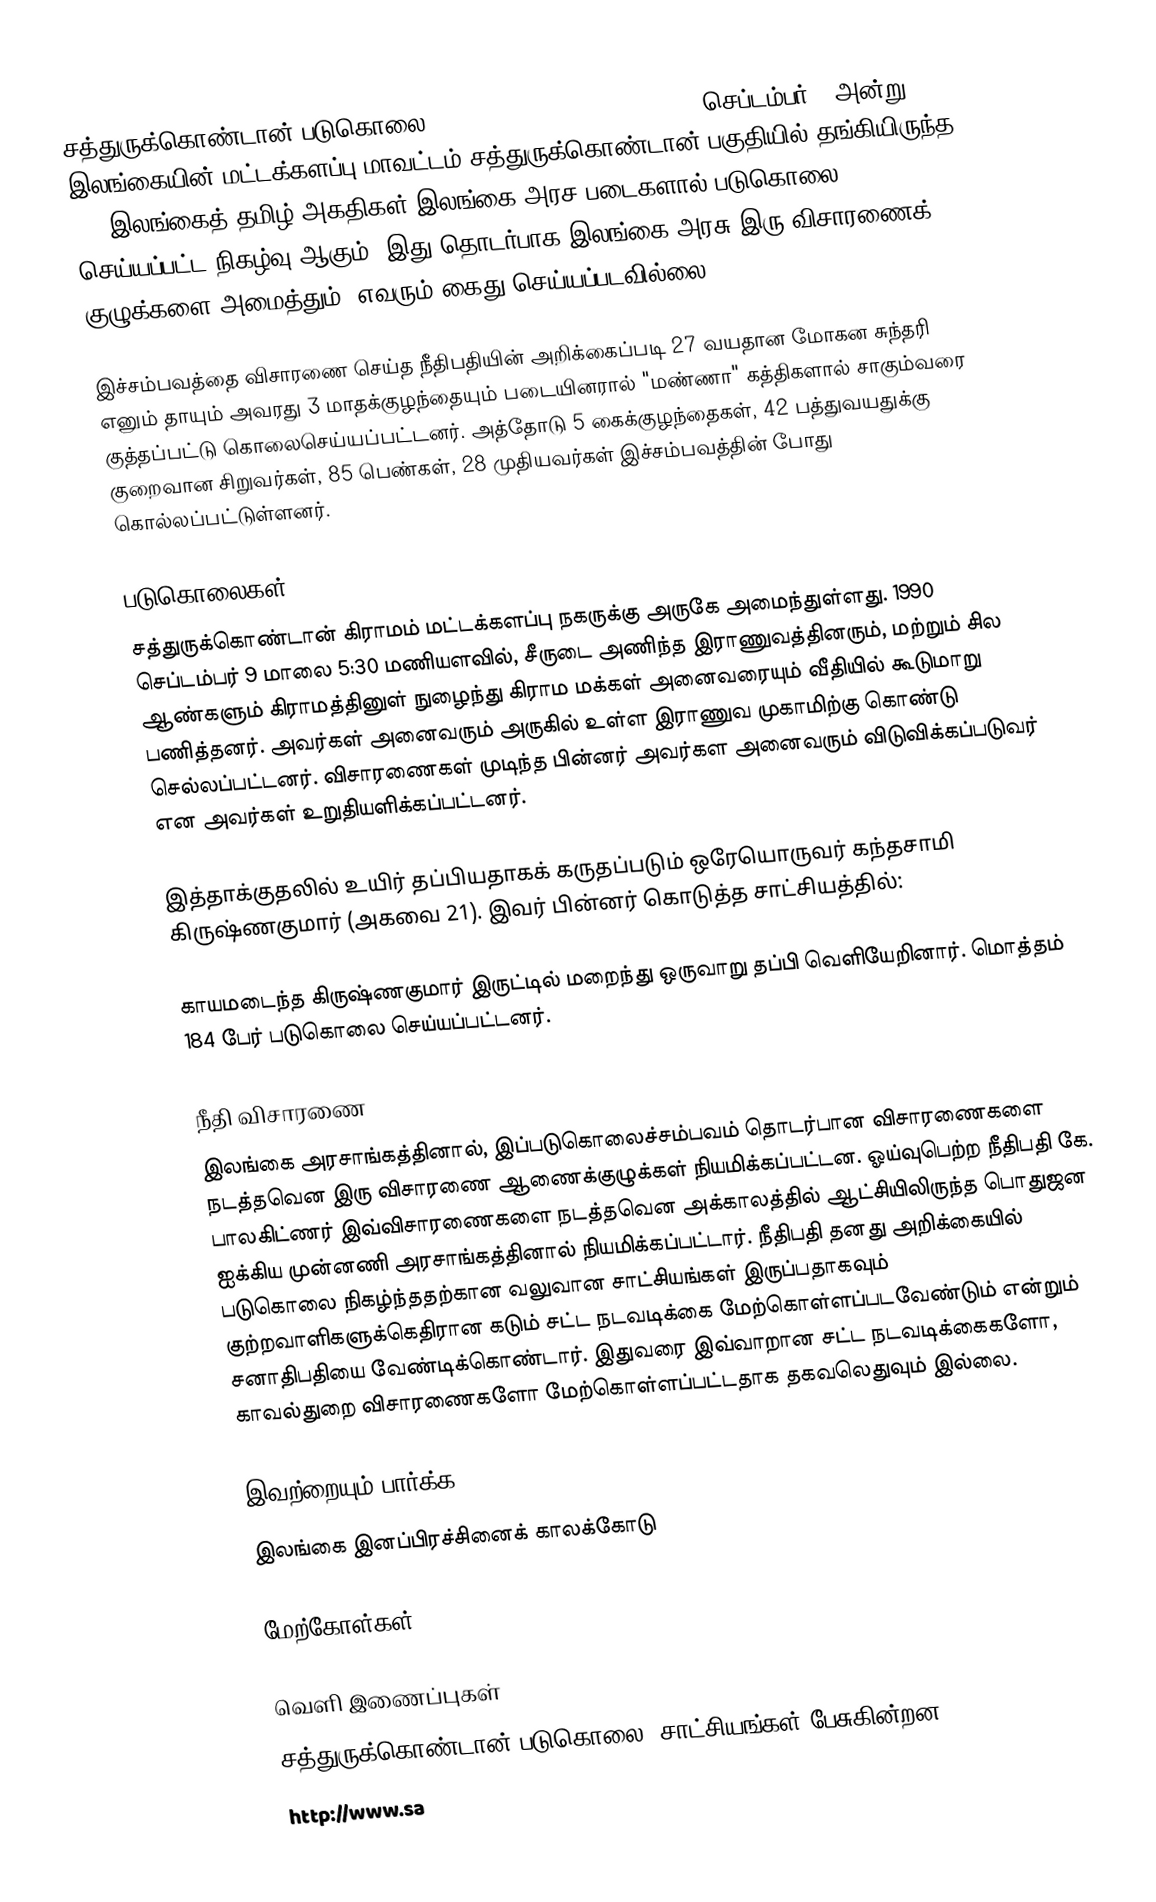
சத்துருக்கொண்டான் படுகொலை (Sathurukondan massacre) 1990 செப்டம்பர் 9 அன்று இலங்கையின் மட்டக்களப்பு மாவட்டம் சத்துருக்கொண்டான் பகுதியில் தங்கியிருந்த 184 இலங்கைத் தமிழ் அகதிகள் இலங்கை அரச படைகளால் படுகொலை செய்யப்பட்ட நிகழ்வு ஆகும். இது தொடர்பாக இலங்கை அரசு இரு விசாரணைக் குழுக்களை அமைத்தும், எவரும் கைது செய்யப்படவில்லை.

இச்சம்பவத்தை விசாரணை செய்த நீதிபதியின் அறிக்கைப்படி 27 வயதான மோகன சுந்தரி எனும் தாயும் அவரது 3 மாதக்குழந்தையும் படையினரால் "மண்ணா" கத்திகளால் சாகும்வரை குத்தப்பட்டு கொலைசெய்யப்பட்டனர். அத்தோடு 5 கைக்குழந்தைகள், 42 பத்துவயதுக்கு குறைவான சிறுவர்கள், 85 பெண்கள், 28 முதியவர்கள் இச்சம்பவத்தின் போது கொல்லப்பட்டுள்ளனர்.

படுகொலைகள்
சத்துருக்கொண்டான் கிராமம் மட்டக்களப்பு நகருக்கு அருகே அமைந்துள்ளது. 1990 செப்டம்பர் 9 மாலை 5:30 மணியளவில், சீருடை அணிந்த இராணுவத்தினரும், மற்றும் சில ஆண்களும் கிராமத்தினுள் நுழைந்து கிராம மக்கள் அனைவரையும் வீதியில் கூடுமாறு பணித்தனர். அவர்கள் அனைவரும் அருகில் உள்ள இராணுவ முகாமிற்கு கொண்டு செல்லப்பட்டனர். விசாரணைகள் முடிந்த பின்னர் அவர்கள அனைவரும் விடுவிக்கப்படுவர் என அவர்கள் உறுதியளிக்கப்பட்டனர்.

இத்தாக்குதலில் உயிர் தப்பியதாகக் கருதப்படும் ஒரேயொருவர் கந்தசாமி கிருஷ்ணகுமார் (அகவை 21). இவர் பின்னர் கொடுத்த சாட்சியத்தில்:

காயமடைந்த கிருஷ்ணகுமார் இருட்டில் மறைந்து ஒருவாறு தப்பி வெளியேறினார். மொத்தம் 184 பேர் படுகொலை செய்யப்பட்டனர்.

நீதி விசாரணை
இலங்கை அரசாங்கத்தினால், இப்படுகொலைச்சம்பவம் தொடர்பான விசாரணைகளை நடத்தவென இரு விசாரணை ஆணைக்குழுக்கள் நியமிக்கப்பட்டன. ஓய்வுபெற்ற நீதிபதி கே. பாலகிட்ணர் இவ்விசாரணைகளை நடத்தவென அக்காலத்தில் ஆட்சியிலிருந்த பொதுஜன ஐக்கிய முன்னணி அரசாங்கத்தினால் நியமிக்கப்பட்டார். நீதிபதி தனது அறிக்கையில் படுகொலை நிகழ்ந்ததற்கான வலுவான சாட்சியங்கள் இருப்பதாகவும் குற்றவாளிகளுக்கெதிரான கடும் சட்ட நடவடிக்கை மேற்கொள்ளப்படவேண்டும் என்றும் சனாதிபதியை வேண்டிக்கொண்டார். இதுவரை இவ்வாறான சட்ட நடவடிக்கைகளோ, காவல்துறை விசாரணைகளோ மேற்கொள்ளப்பட்டதாக தகவலெதுவும் இல்லை.

இவற்றையும் பார்க்க
 இலங்கை இனப்பிரச்சினைக் காலக்கோடு

மேற்கோள்கள்

வெளி இணைப்புகள்
 சத்துருக்கொண்டான் படுகொலை: சாட்சியங்கள் பேசுகின்றன… (Video)
http://www.sa